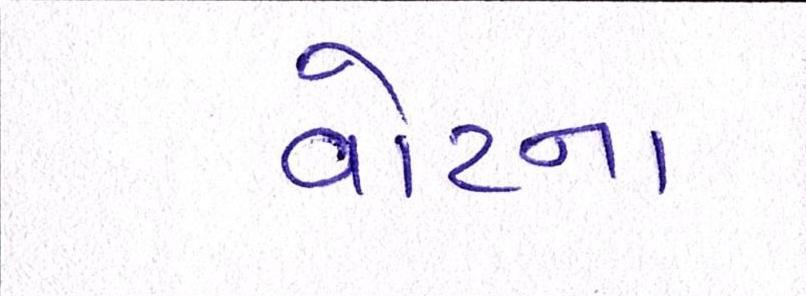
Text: વોટના